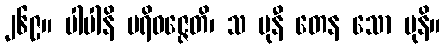
၂၆၉။ ပါပါနိ ပရိဝဇ္ဇေတိ၊ သ မုနီ တေန သော မုနိ။